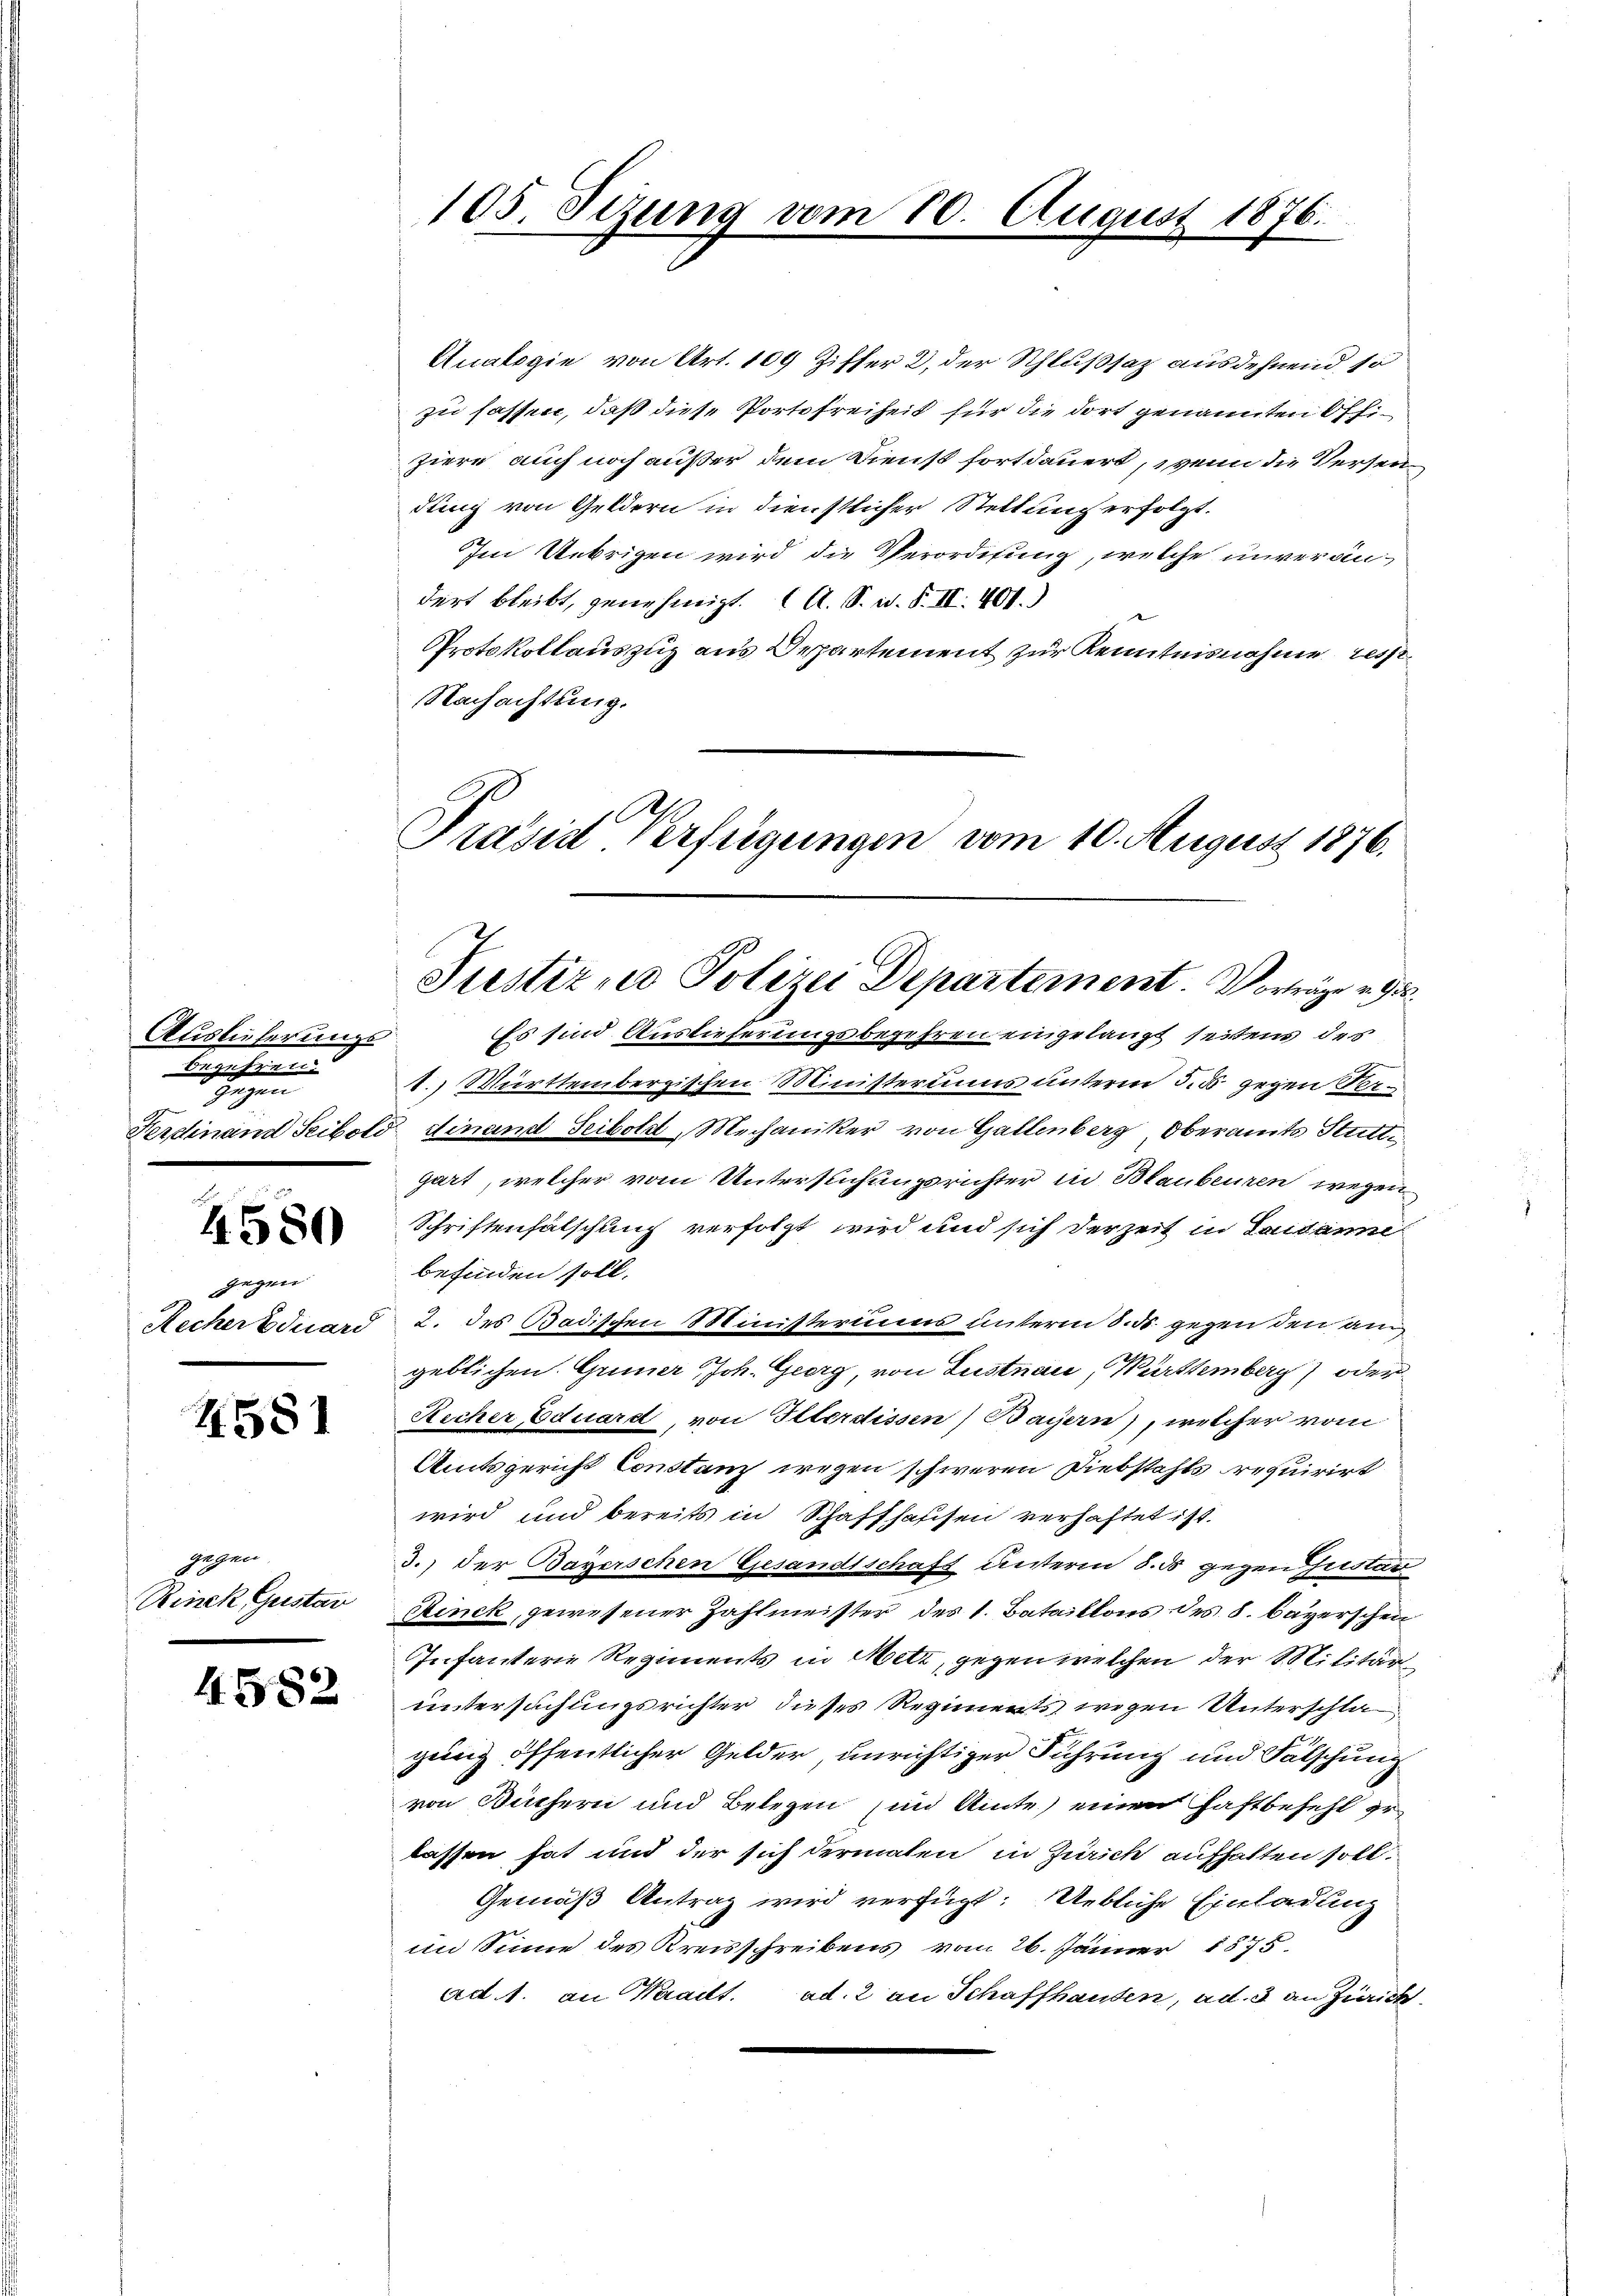
Auslieferungs
Brgusziner
gegen
2
.

4580

4581

4582

gegen
Recher Eduard

Jahren
Rinek Gustar

105. Sezung vom 10. August 1876.

Analogie von Art. 109 Ziffer 2, der Schlußsatz ausdehnend so
zu fassen, daß diese Portofreiheit für die dort genannten Off.
ziere auch noch außer dem Dienst fortdauert, wenn die Versendung von Geldern in dienstlicher Stellung erfolgt.
Im Uebrigen wird die Verordnung, welche unverändert bleibt, genehmigt. A. S. W. B. II. 401.
Protokollauszug aus Departement zur Kenntnisnahme resse¬
Nachachtung.
Präsid-Verfügungen vom 10. August 1876.

Justiz, Polizei Departement. Vorträge u. 93.

Es sind Auslieferungsbegehren eingelangt seitens des
1.) Mürttembergischen Ministeriums unterm 5. d. gegen Re¬
Ferdinand Seibold, Finand Sciboldt, Mechaniker von Gallenberg, Oberamte Stutti
gart, welcher vom Untersuchungsrichter in Blaubenzen wegen
Schriftenfälschung verfolgt wird und sich derzeit in Laidanne
befinden soll.
2. des Badischen Ministeriums unterm 8. d. gegen den au
geblichen. Gener Joh. Georg, von Lustnau, Württemberg) oder
Recher Eduard, von Iltordissen) Bayern), welcher vom
Amtsgericht Constanz wegen schweren Diebstahls requirirt
wird und bereits in Schaffhassen verhaftet ist.
3.) der Bayerschen Gesandtschaft unterm 5. ds gegen Gustan
sinck, gewesener Zahlmeister des 1. Bataillons des 8. Bayerschen
Infanterie Regiments in Metz, gegen welchen der Militär
untersuchungsrichter dieses Regiments wegen Unterschlagung öffentlicher Gelder, unrichtiger Führung und Fälschung
von Büchern und Belegen in Amte) einen Haftbefehl gelassen hat und der sich dermalen in Zürich aufhalten soll.
Gemäß Antrag wird verfügt: Uebliche Einladung
im Sinne des Kreisschreibens vom 26. Jänner 1875.
ad 1. an Waadt. ad. 2 an Schaffhausen, ad. 3 an Zürich